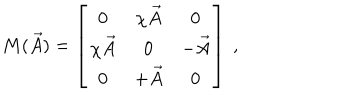
M ( \vec { A } ) = \left[ \begin{array} { c c c } { { 0 } } & { { \chi \vec { A } } } & { { 0 } } \\ { { \chi \vec { A } } } & { { 0 } } & { { - \vec { A } } } \\ { { 0 } } & { { + \vec { A } } } & { { 0 } } \\ \end{array} \right] \ ,